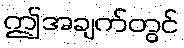
ဤအချက်တွင်